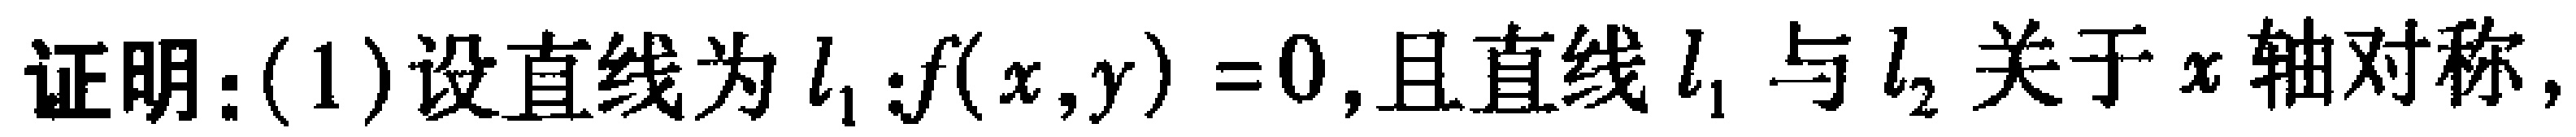
证明：(1)设直线为\(l_{1}:f(x,y)=0\),且直线\(l_{1}\)与\(l_{2}\)关于\(x\)轴对称，